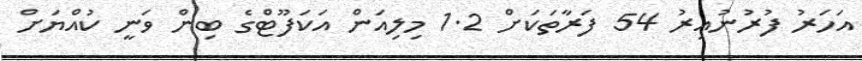
އަހަރު ފުރުނުއިރު 54 ފަރާތަކަށް 1.2 މިލިއަން އަކަފޫޓްގެ ބިން ވަނީ ކުއްޔަށް